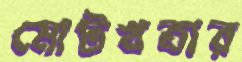
মোটখতার